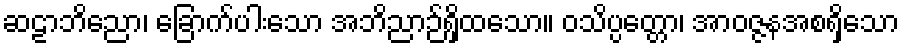
ဆဠာဘိညော၊ ခြောက်ပါးသော အဘိညာဉ်ရှိထသော။ ဝသိပ္ပတ္တော၊ အာဝဇ္ဇနအစရှိသော